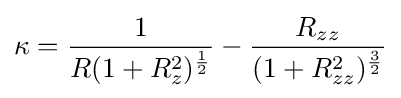
\kappa ={\frac {1}{R(1+R_{z}^{2})^{\frac {1}{2}}}}-{\frac {R_{zz}}{(1+R_{zz}^{2})^{\frac {3}{2}}}}